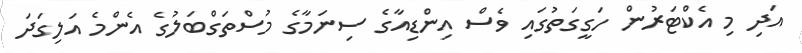
އަދި މި އެކްޓަރުން ހަގީގަތުގައި ވެސް އިންޑިއާގެ ސިނަމާގެ މުސްތަގްބަލުގެ އެންމެ އަލިގަދަ